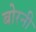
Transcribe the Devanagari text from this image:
बोरनी